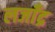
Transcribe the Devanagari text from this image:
लजाँद्र